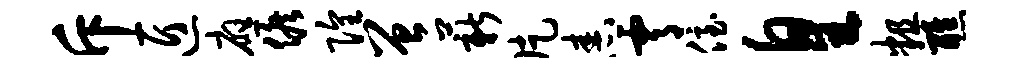
斥匠应候隍曾薪片舂霄侄皇粗醮